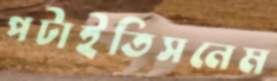
পটাইতিসনেম